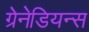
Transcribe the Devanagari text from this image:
ग्रेनेडियन्स